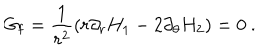
G _ { \mathrm { f } } = \frac { 1 } { r ^ { 2 } } \left( r \partial _ { r } H _ { 1 } - 2 \partial _ { \theta } H _ { 2 } \right) = 0 \ .